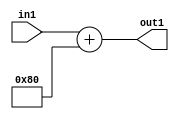
`timescale 1ps / 1ps
/*****************************************************************************
    Verilog RTL Description
    
    
    Created by: Stratus DpOpt 2019.1.01 
*******************************************************************************/

module ImageGradient_Add2i128u8_4 (
	in1,
	out1
	); /* architecture "behavioural" */ 
input [7:0] in1;
output [7:0] out1;
wire [7:0] asc001;

assign asc001 = 
	+(in1)
	+(8'B10000000);

assign out1 = asc001;
endmodule

/* CADENCE  urn3Tg0= : u9/ySgnWtBlWxVPRXgAZ4Og= ** DO NOT EDIT THIS LINE ******/